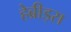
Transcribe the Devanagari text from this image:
हेब्रीड्स